King Institute of Preventive Medicine Micro-Biological Section reports 1912-19
Year: 1912
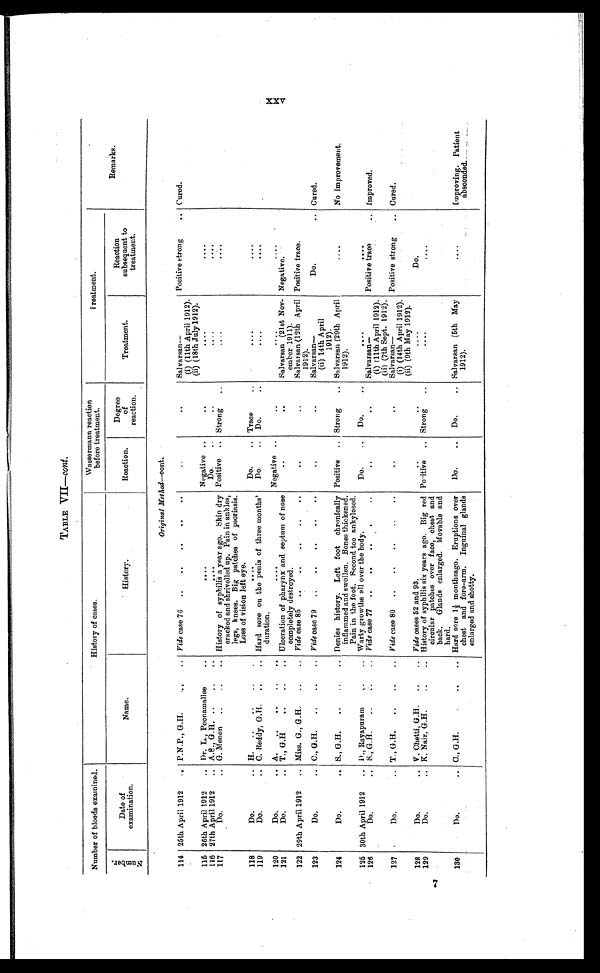
TABLE
VII— cont.
Number of bloods examined.
History of cases.
Wassermann reaction
before treatment.
Treatment.
Remarks.
N u m b e r .
Date of
examination.
Name.
History.
Reaction.
Degree
of
reaction,
Treatment.
Reaction
subsequent to
treatment.
O r i g i n a l M e t h o d — c o n t .
114 25th April 1912 . . . P.N.P., G.H. . . .
Vide case 76 . . .
. . .
. . .
Salvarsan--
Positive strong . . .
Cured.
(i) (11th April 1912).
(ii) (18th July 1912).
115 26th April 1912 . . . Dr. L., Poonamallee . . .
. . .
Negative
. . .
. . .
. . .
. . .
116 27th April 1912 . . . A.S., G.H. . . .
. . .
Do. . . .
. . .
. . .
. . .
117
Do
. . . . G. Menon . . .
History of syphilis a year ago. Skin dry
cracked and shrivelled up. Pain in ankles,
legs, knees. Big patches of psoriasis.
Loss of vision left eye.
Positive . . . Strong . . .
. . .
. . .
1 18
Do. . . .
H. . . .
. . .
Do. . . . Trace . . .
. . .
. . .
119
Do. . . . C. Reddy, G.H. . . .
Hard sore on the penis of three months'
duration.
Do. . . . Do. . . .
. . .
. . .
120
Do. . . . A. . . .
. . .
Negative . . .
. . .
. . .
. . .
121
Do. . . . T., G.H. . . .
Ulceration of pharynx and septum of nose
completely destroyed.
. . .
. . .
Salvarsan (21st Nov
-ember 1911).
Negative.
122 29th April 1912 . . . Miss. G., G.H. . . .
Vide case 85 . . .
. . .
. . .
Salvarsan (12th April
1912).
Positive trace.
123
Do. . . . C., G.H. . . .
Vide case 79 . . .
. . .
. . .
Salvarsan—
Do. . . .
Cured.
(ii) 14th April
1912).
124
Do. . . . S., G.H. . . .
Denies history. Left foot chronically
inflammed and swollen. Bones thickened.
Pain in the foot. Second toe ankylosed.
Positive . . . Strong . . . Salvarsan (29th April
1912).
. . .
No improvement.
125 30th April 1912 . . . D., Rayapuram . . .
Warty growths all over the body.
Do. . . .
Do. . . .
. . .
. . .
126
Do. . . . S., G.H. . . .
Vide case 77 . . .
. . .
. . .
Salvarsan—
Positive trace . . .
Improved.
(i) 11th April 1912).
(ii) (7th Sept. 1912).
127
Do. . . . T., G.H. . . .
Vide case 80 . . .
. . .
. . .
Salvarsan—
Positive strong . . .
Cured.
(i) (14th April 1912).
(ii) (9th May 1912),
128
Do. . . . V. Chetti, G.H. . . .
Vide cases 52 and 93.
. . .
. . .
. . .
Do. . . .
129
Do. . . .
K. Nair, G.H. . . .
History of syphilis six years ago. Big red
circular patches over face, chest and
back. Glands enlarged. Movable and
hard.
Positive . . . Strong . . .
. . .
. . .
130
Do. . . .
C., G.H. . . .
Hard sore 1½ monthsago. Eruptions over
chest and fore-arm. Inguinal glands
enlarged and shotty.
Do. . . .
Do. . . . Salvarsan (5th May
1912).
. . .
Improving. Patient
absconded.
XXV